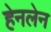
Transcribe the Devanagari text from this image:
हेनलेन